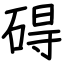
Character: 碍